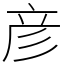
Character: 彦